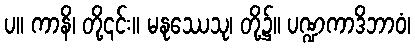
ပ။ ကာနိ၊ တို့၎င်း။ မနုဿေသု၊ တို့၌။ ပဏ္ဍကာဒိဘာဝံ၊